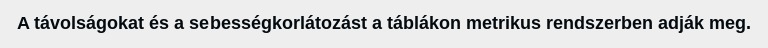
A távolságokat és a sebességkorlátozást a táblákon metrikus rendszerben adják meg.